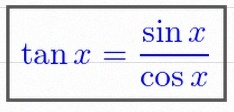
\tan x=\frac{\sin x}{\cos x}